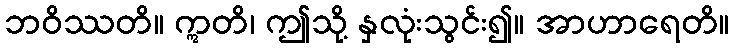
ဘဝိဿတိ။ ဣတိ၊ ဤသို့ နှလုံးသွင်း၍။ အာဟာရေတိ။